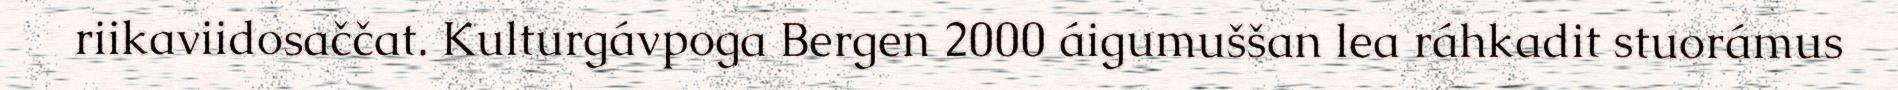
riikaviidosaččat. Kulturgávpoga Bergen 2000 áigumuššan lea ráhkadit stuorámus